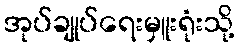
အုပ်ချုပ်ရေးမှူးရုံးသို့